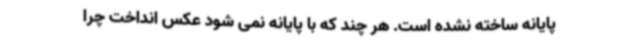
پایانه ساخته نشده است. هر چند که با پایانه نمی شود عکس انداخت چرا